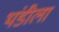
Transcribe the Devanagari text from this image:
थंडीला